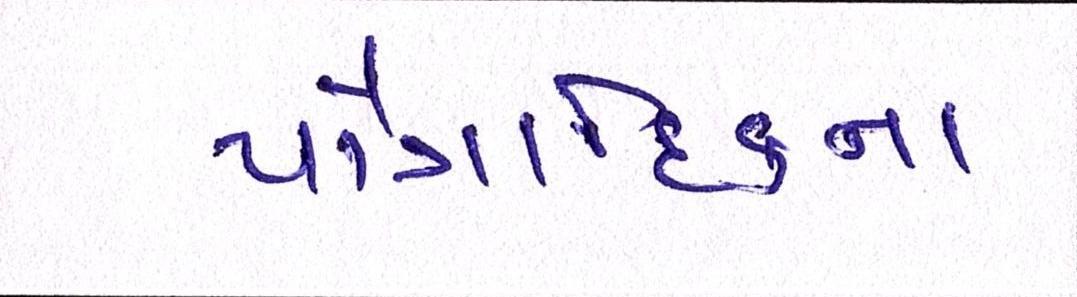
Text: પૌત્રાદિકના